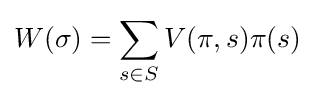
W(\sigma )=\sum _{s\in S}V(\pi ,s)\pi (s)